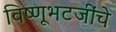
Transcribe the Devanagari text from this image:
विष्णूभटजींचे